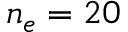
n _ { e } = 2 0 \